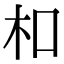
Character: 𪱳